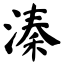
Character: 溱